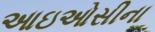
આઇઓસીના